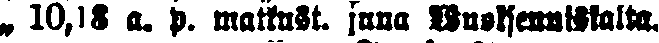
„ 10,18 a. p. matkust. juna Wuoksenniskalta.